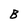
Character: B